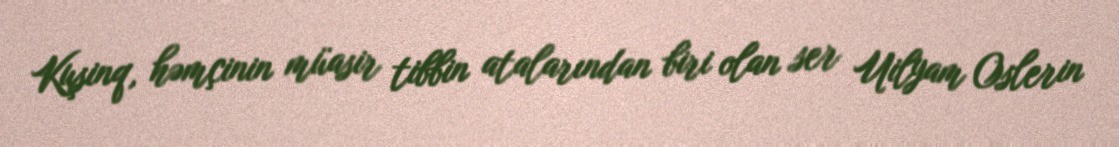
Kuşinq, həmçinin müasir tibbin atalarından biri olan ser Uilyam Oslerin